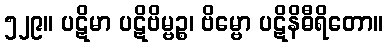
၅၂၉။ ပဋိမာ ပဋိဗိမ္ဗဉ္စ၊ ဗိမ္ဗော ပဋိနိဓီရိတော။